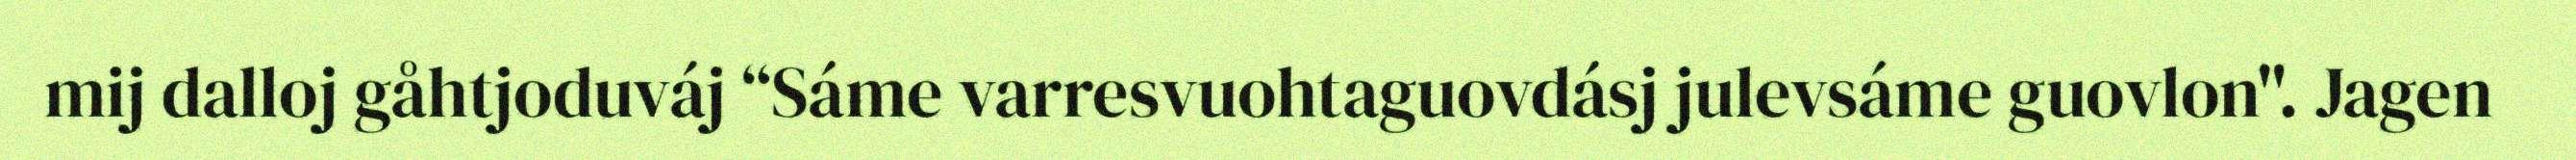
mij dalloj gåhtjoduváj “Sáme varresvuohtaguovdásj julevsáme guovlon". Jagen